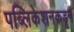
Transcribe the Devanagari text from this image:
पब्लिकेशनकडून